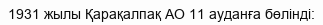
1931 жылы Қарақалпақ АО 11 ауданға бөлінді: